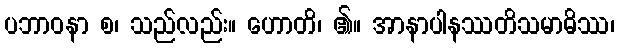
ပဘာဝနာ စ၊ သည်လည်း။ ဟောတိ၊ ၏။ အာနာပါနဿတိသမာဓိဿ၊